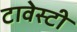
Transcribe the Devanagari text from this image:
टावेस्टी